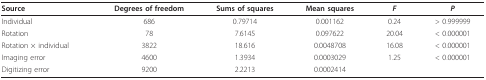
<table><thead><tr><td><b>Source</b></td><td><b>Degrees of freedom</b></td><td><b>Sums of squares</b></td><td><b>Mean squares</b></td><td><b><i>F</i></b></td><td><b><i>P</i></b></td></tr></thead><tbody><tr><td>Individual</td><td>686</td><td>0.79714</td><td>0.001162</td><td>0.24</td><td>&gt; 0.999999</td></tr><tr><td>Rotation</td><td>78</td><td>7.6145</td><td>0.097622</td><td>20.04</td><td>&lt; 0.000001</td></tr><tr><td>Rotation × individual</td><td>3822</td><td>18.616</td><td>0.0048708</td><td>16.08</td><td>&lt; 0.000001</td></tr><tr><td>Imaging error</td><td>4600</td><td>1.3934</td><td>0.0003029</td><td>1.25</td><td>&lt; 0.000001</td></tr><tr><td>Digitizing error</td><td>9200</td><td>2.2213</td><td>0.0002414</td><td></td><td></td></tr></tbody></table>